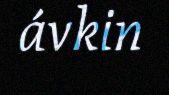
ávkin